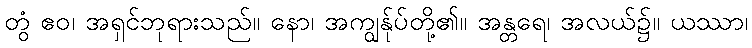
တွံ ဧဝ၊ အရှင်ဘုရားသည်။ နော၊ အကျွန်ုပ်တို့၏။ အန္တရေ၊ အလယ်၌။ ယဿာ၊